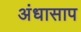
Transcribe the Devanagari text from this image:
अंधासाप